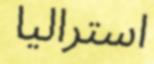
استراليا